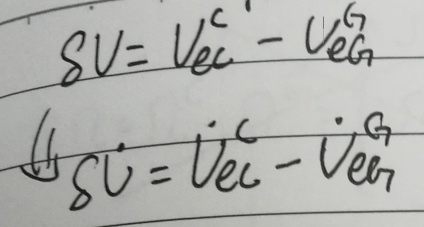
\[
\begin{align*}
SV&=V_{ec}^{c}-V_{ec}^{\sigma}\\
\delta V&=V_{ec}^{c}-V_{ec}^{\sigma}
\end{align*}
\]